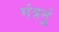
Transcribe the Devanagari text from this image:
मंत्रनुं